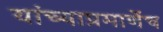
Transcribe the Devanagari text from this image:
यांच्याप्रमाणेंच